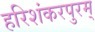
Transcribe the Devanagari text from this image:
हरिशंकरपुरम्